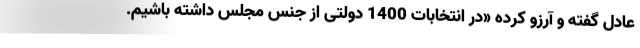
عادل گفته و آرزو کرده «در انتخابات 1400 دولتی از جنس مجلس داشته باشیم.